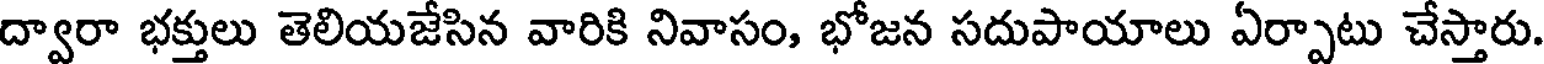
ద్వారా భక్తులు తెలియజేసిన వారికి నివాసం, భోజన సదుపాయాలు ఏర్పాటు చేస్తారు.